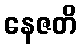
နေဇတိ